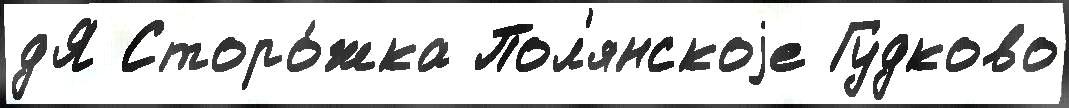
дЯ Сторо́жка Пол'янскоjе Гудково